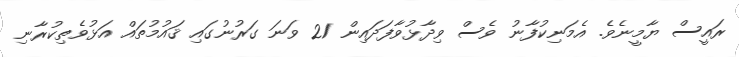
ރައީސް ޔާމީނެވެ. އެމަނިކުފާނު ވެސް ވިދާޅުވާފަދައިން 21 ވަނަ ގަރުނުގައި ޤައުމުތައް އަޅުވެތިކުރާނި